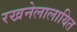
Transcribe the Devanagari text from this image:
रखनेलालायित